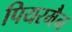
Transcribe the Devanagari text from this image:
पियरमैन